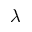
\lambda